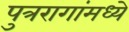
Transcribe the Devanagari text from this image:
पुत्ररागांमध्ये